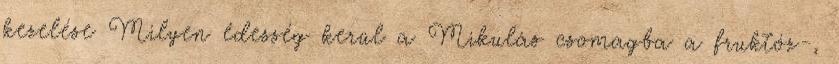
kezelése Milyen édesség kerül a Mikulás csomagba a fruktóz-,